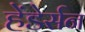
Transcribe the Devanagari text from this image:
हेंडेर्सन